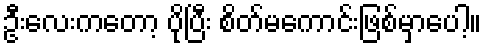
ဦးလေးကတော့ ပိုပြီး စိတ်မကောင်းဖြစ်မှာပေါ့။